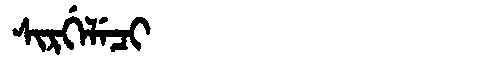
Manchu: ᠰᡳᡵᡤᡝᠯᡝᠴᡳ
Romanization: SIRGELECI